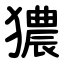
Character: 㺜